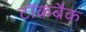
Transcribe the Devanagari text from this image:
टॉकबैक